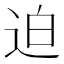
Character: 迫